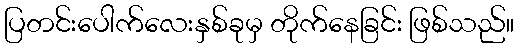
ပြတင်းပေါက်လေးနှစ်ခုမှ တိုက်နေခြင်း ဖြစ်သည်။